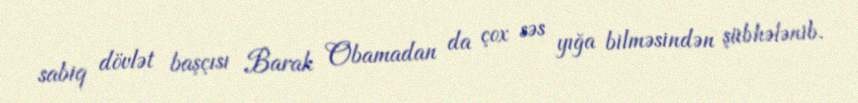
sabiq dövlət başçısı Barak Obamadan da çox səs yığa bilməsindən şübhələnib.